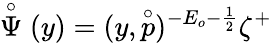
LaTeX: \stackrel{\circ}{\Psi}(y)=(y,\stackrel{\circ}{p})^{-E_{o}-\frac 12}\zeta^{+}